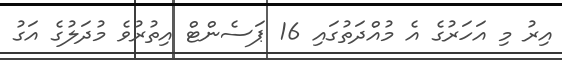
އިރު މި އަހަރުގެ އެ މުއްދަތުގައި 16 ޕަސެންޓް އިތުރުވެ މުދަލުގެ އަގު